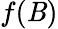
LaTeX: f(\mathit{B})